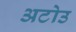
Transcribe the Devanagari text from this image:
अटोउ